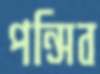
পন্সিব